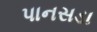
પાનસડા